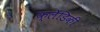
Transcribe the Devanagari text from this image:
क्लेडिकी